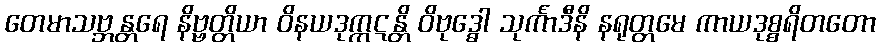
တေမာသဗ္ဘန္တရေ နိဗ္ဗတ္တိယာ ဝိနယဒုက္ကဋန္တိ ဝိဗုဒ္ဓေါ သုင်္ကာဒီနိ နရုတ္တမေ ကာယဒုစ္စရိတတော